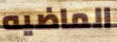
الماضيه